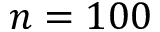
n = 1 0 0